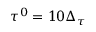
\tau ^ { 0 } = 1 0 \Delta _ { \tau }